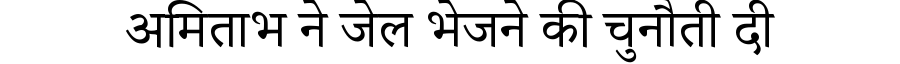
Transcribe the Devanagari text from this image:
अमिताभ ने जेल भेजने की चुनौती दी